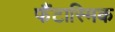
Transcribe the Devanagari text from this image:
फैंटास्मिक